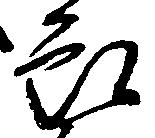
郎